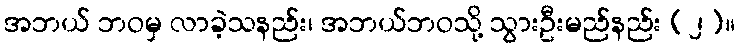
အဘယ် ဘဝမှ လာခဲ့သနည်း၊ အဘယ်ဘဝသို့ သွားဦးမည်နည်း (၂)။